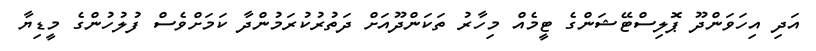
އަދި އިހަވަންދޫ ޕޮލިސްޓޭޝަންގެ ޓީމެއް މިހާރު ތަކަންދޫއަށް ދަތުރުކުރަމުންދާ ކަމަށްވެސް ފުލުހުންގެ މީޑިޔާ